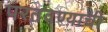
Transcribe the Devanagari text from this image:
परतवण्याची